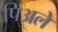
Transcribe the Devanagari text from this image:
पिअले